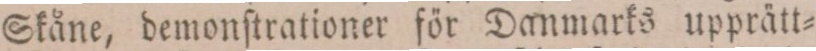
Skåne, demonſtrationer för Danmarks upprätt=